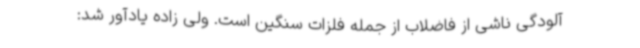
آلودگی ناشی از فاضلاب از جمله فلزات سنگین است. ولی زاده یادآور شد: